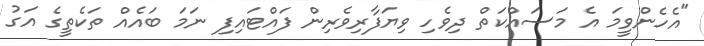
"އެހެންވީމަ އެ މަސައްކަތް ދިވެހި ވިޔަފާރިވެރިން ފައްޓައިފި ނަމަ ބައެއް ތަކެތީގެ އަގު